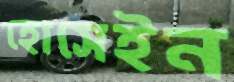
হোসেইন